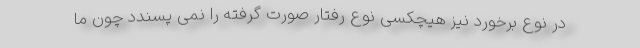
در نوع برخورد نیز هیچکسی نوع رفتار صورت گرفته را نمی پسندد چون ما